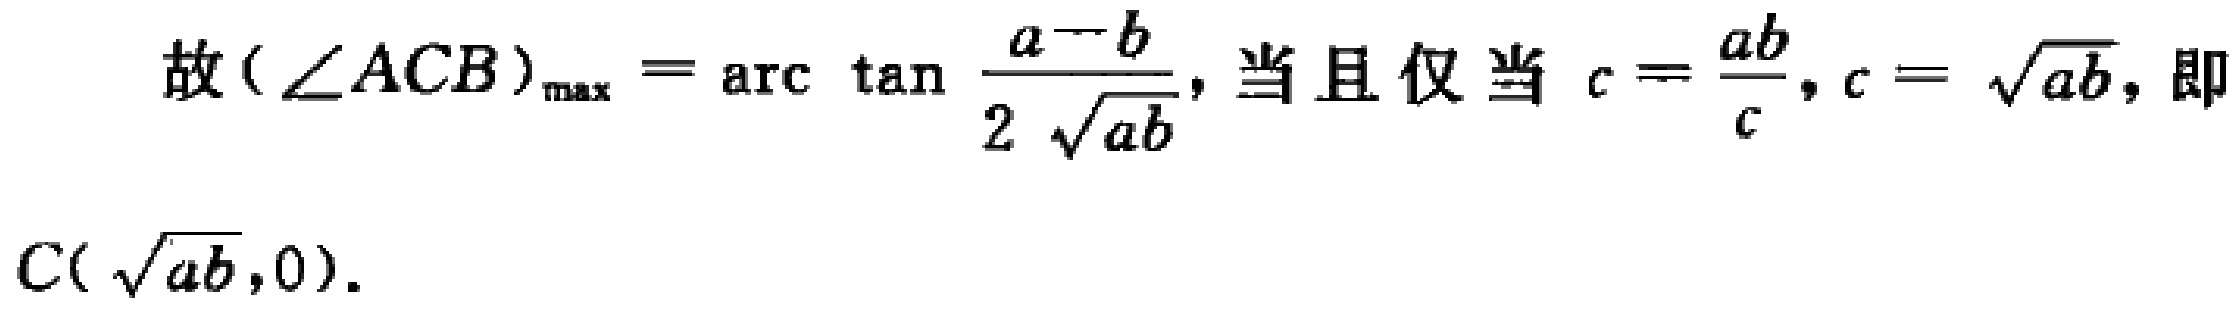
故$(\angle ACB)_{\max}=\arctan\frac{a - b}{2\sqrt{ab}}$，当且仅当$c = \frac{ab}{c}, c = \sqrt{ab}$，即$C(\sqrt{ab},0)$。